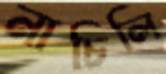
নাচিলি